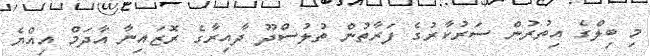
މި ބިލްގެ އިތުރުން ސަރުކާރުގެ ފަރާތުން ތުލުސްދޫ ދާއިރާގެ ރޮޒައިނާ އާދަމް އިއްޔެ